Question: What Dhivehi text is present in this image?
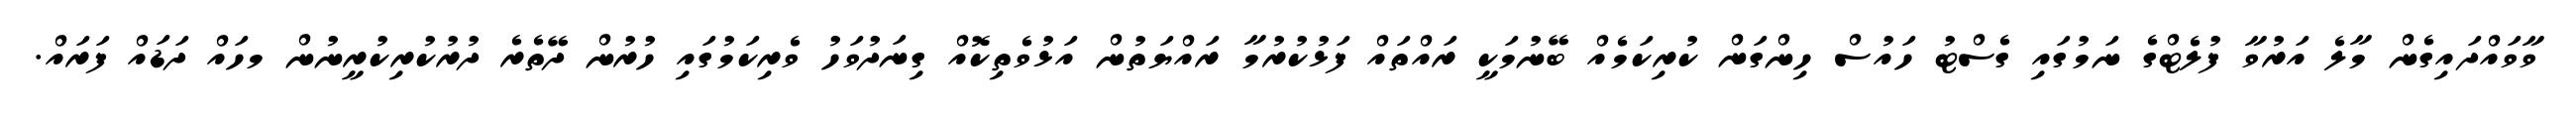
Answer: ވާވައްދައިގެން މާލެ އަރުވާ ފުލެޓްގެ ނަމުގައި ގެސްޓު ހައުސް ހިންގަން ކުރިކަމެއް ބޭނުމަކީ ރައްތައް ފަޅުކުރުމާ ރައްޔަތުން އަޅުވެތިކޮއް ގިނަދުވަހު ވެރިކަމުގައި ހުރުން ދޭތެރެ ދުރުކުރިކުރީނުން މހައް ދަޑައް ފަރައް.